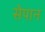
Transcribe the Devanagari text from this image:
सेपान